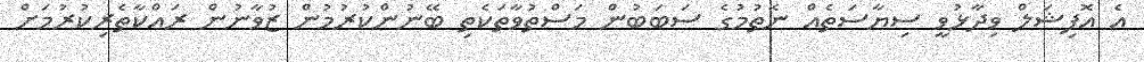
އެ އޮފިޝަލް ވިދާޅުވީ ސިޔާސަތެއް ނެތުމުގެ ސަބަބުން މަސްތުވާތަކެތި ބޭނުންކުރުމުން ޒުވާނުން ރައްކާތެރިކުރުމަށް